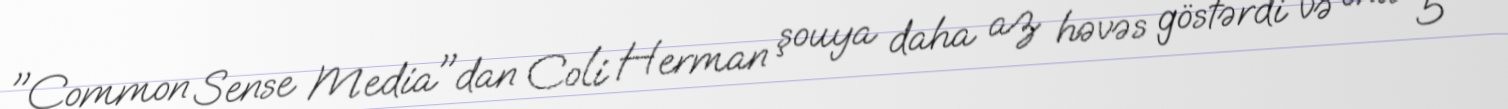
"Common Sense Media"dan Coli Herman şouya daha az həvəs göstərdi və onu 5